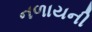
નળાયની